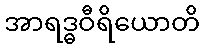
အာရဒ္ဓဝီရိယောတိ